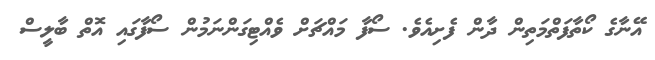
އޭނާގެ ކޯތާފަތްމަތިން ދާން ފެށިއެވެ. ސޯފާ މައްޗަށް ވެއްޓިގަންނަމުން ސޯފާގައި އޮތް ބާލީސް